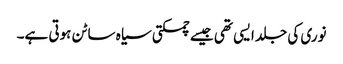
نوری کی جلد ایسی تھی جیسے چمکتی سیاہ ساٹن ہوتی ہے۔